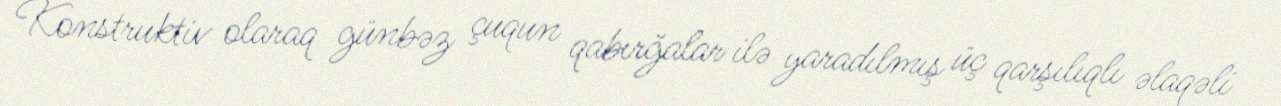
Konstruktiv olaraq günbəz çuqun qabırğalar ilə yaradılmış üç qarşılıqlı əlaqəli